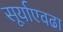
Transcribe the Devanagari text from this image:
सूर्याएवढा